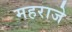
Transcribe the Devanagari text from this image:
महराजे